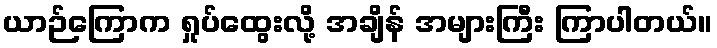
ယာဉ်ကြောက ရှုပ်ထွေးလို့ အချိန် အများကြီး ကြာပါတယ်။